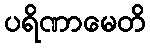
ပရိဏာမေတိ